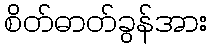
စိတ်ဓာတ်ခွန်အား